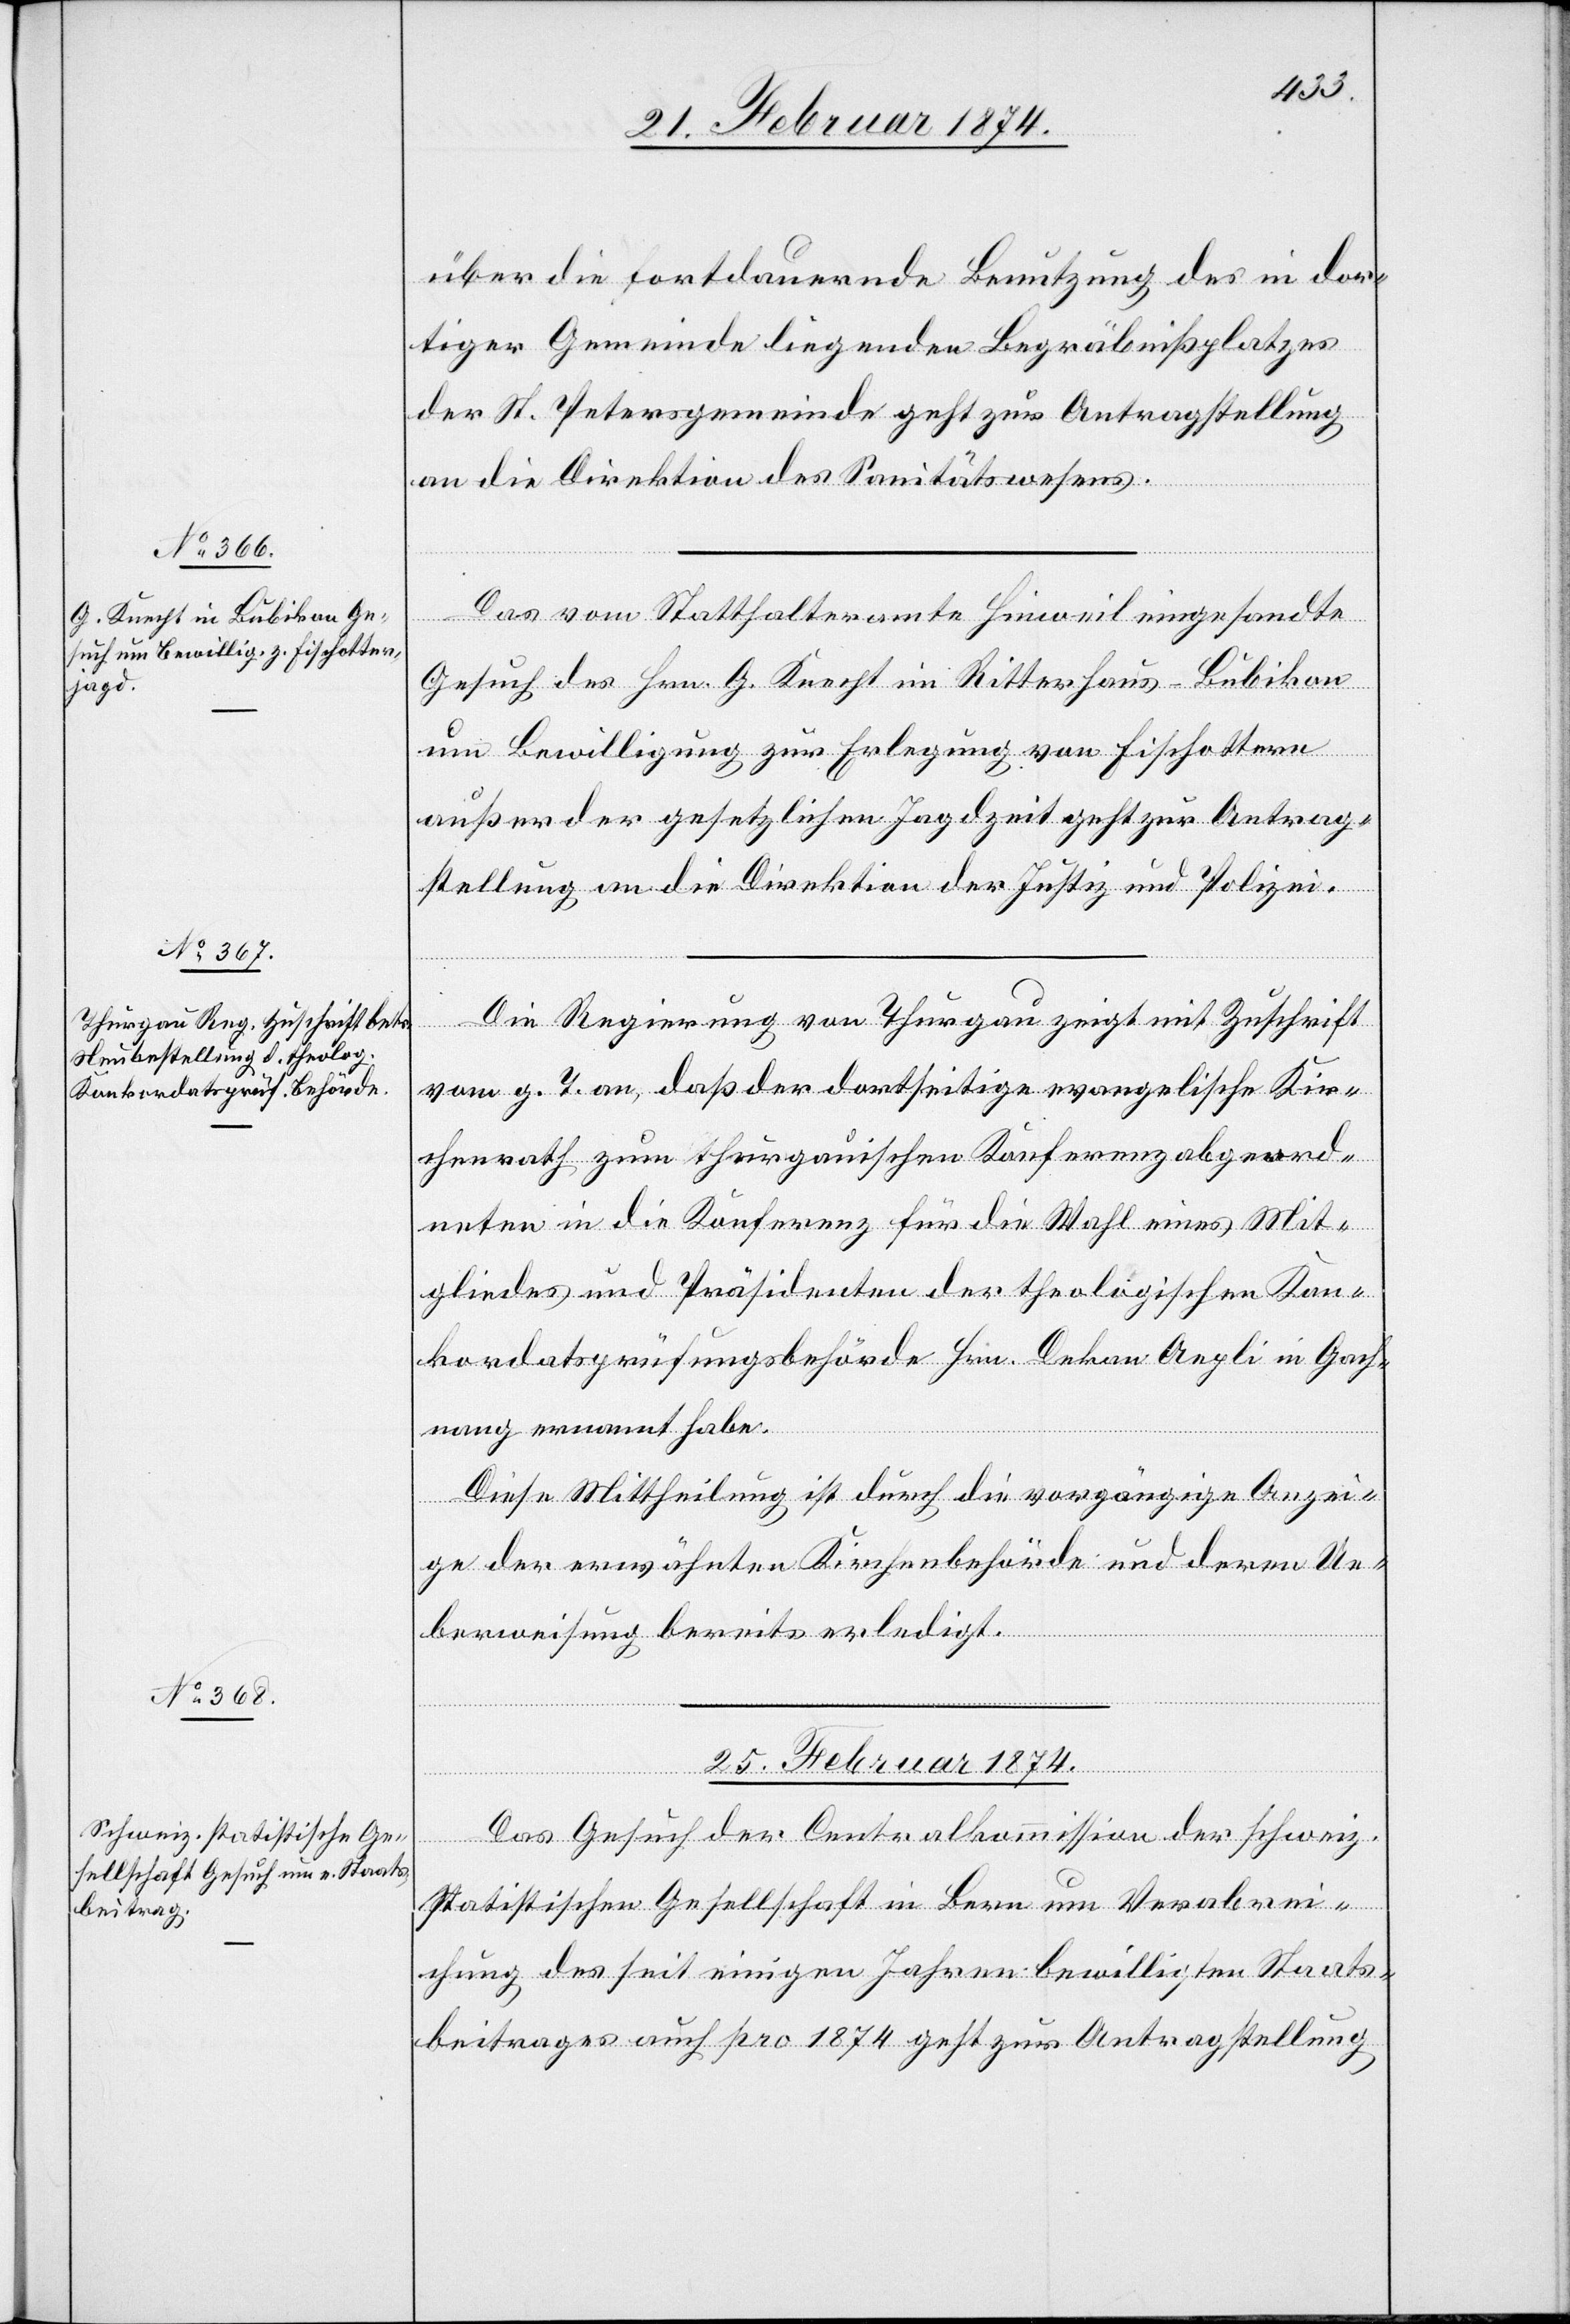
21. Februar 1874.]
über die fortdauernde Benutzung des in dor¬
tiger Gemeinde liegenden Begräbnißplatzes
der St. Petersgemeinde geht zur Antragstellung
an die die Direktion des Sanitätswesens.
Das vom Statthalteramte Hinweil eingesandte
Gesuch des Hrn. G. Knecht in Ritterhaus-Bubikon
um Bewilligung zur Erlegung von Fischottern
außer der gesetzlichen Jagdzeit geht zur Antrag¬
stellung an die Direktion der Justiz- und Polizei.
Die Regierung von Thurgau zeigt mit Zuschrift
vom g. T. an, daß der dortseitige evangelische Kir¬
chenrath zum thurgauischen Konferenzabgeord¬
neten in die Konferenz für die Wahl eines Mit¬
gliedes und Präsidenten der theologischen Kon¬
kordatsprüfungsbehörde Hrn. Dekan Aegli in Goch¬
nang ernannt habe.
Diese Mittheilung ist durch die vorgängige Anzei¬
ge der erwähnten Kirchenbehörde und deren Ue¬
berweisung bereits erledigt.
25. Februar 1874.
Das Gesuch der Centralkommission der schweiz.
statistischen Gesellschaft in Bern um Verabrei¬
chung des seit einigen Jahren bewilligten Staats¬
beitrages auch pro 1874 geht zur Antragstellung